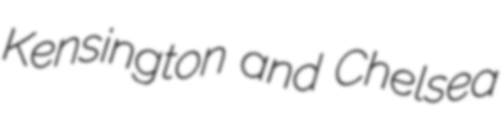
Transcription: Kensington and Chelsea